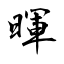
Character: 暉